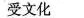
受文化